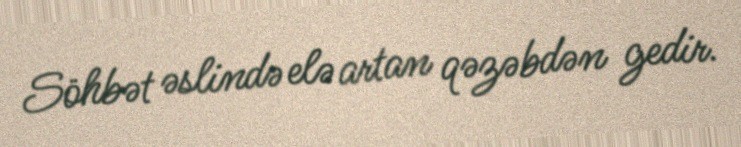
Söhbət əslində elə artan qəzəbdən gedir.